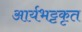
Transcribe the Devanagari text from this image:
आर्यभट्टकृत